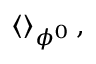
\left\langle { } \right\rangle _ { \phi ^ { 0 } } ,